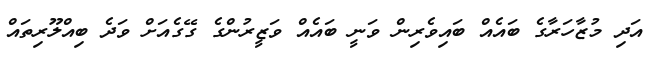
އަދި މުޒާހަރާގެ ބައެއް ބައިވެރިން ވަނީ ބައެއް ވަޒީރުންގެ ގޭގެއަށް ވަދެ ބިއްލޫރިތައް